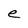
Character: e